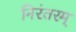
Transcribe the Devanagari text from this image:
निरंतरम्‌